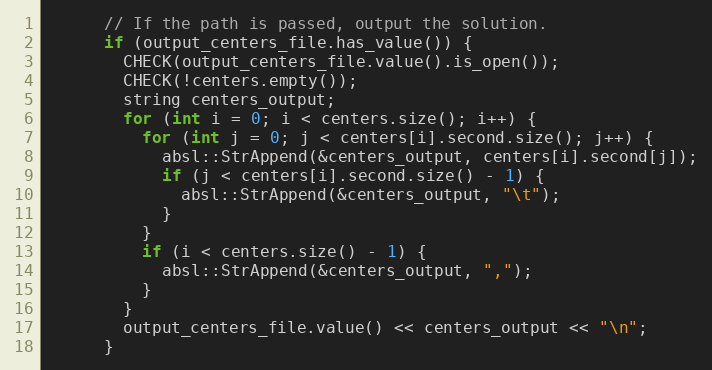
Language: C++
      // If the path is passed, output the solution.
      if (output_centers_file.has_value()) {
        CHECK(output_centers_file.value().is_open());
        CHECK(!centers.empty());
        string centers_output;
        for (int i = 0; i < centers.size(); i++) {
          for (int j = 0; j < centers[i].second.size(); j++) {
            absl::StrAppend(&centers_output, centers[i].second[j]);
            if (j < centers[i].second.size() - 1) {
              absl::StrAppend(&centers_output, "\t");
            }
          }
          if (i < centers.size() - 1) {
            absl::StrAppend(&centers_output, ",");
          }
        }
        output_centers_file.value() << centers_output << "\n";
      }